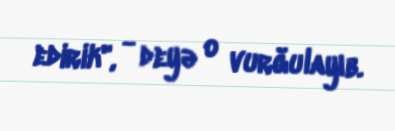
edirik", - deyə o vurğulayıb.